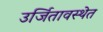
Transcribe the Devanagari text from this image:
उर्जितावस्थेत